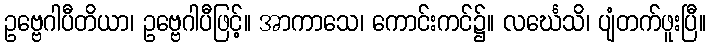
ဥဗ္ဗေဂါပီတိယာ၊ ဥဗ္ဗေဂါပီဖြင့်။ အာကာသေ၊ ကောင်းကင်၌။ လင်္ဃေသိ၊ ပျံတက်ဖူးပြီ။